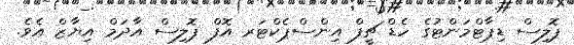
ޕޮލިސް ޑިޕާޓްމަންޓުގެ ހެޑް ޗީފް އިންސްޕެކްޓަރ އޮފް ޕޮލިސް އާދަމް އިޔާޒް އެވެ.